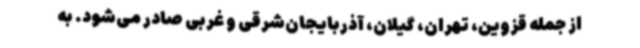
از جمله قزوین، تهران، گیلان، آذربایجان‌شرقی و غربی صادر می‌شود. به